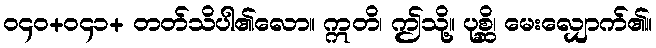
၀၄၀+၀၄၁+ တတ်သိပါ၏လော။ ဣတိ၊ ဤသို့။ ပုစ္ဆိ၊ မေးလျှောက်၏။